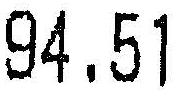
94.51